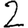
Digit: 2